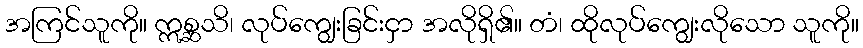
အကြင်သူကို။ ဣစ္ဆသိ၊ လုပ်ကျွေးခြင်းငှာ အလိုရှိ၏။ တံ၊ ထိုလုပ်ကျွေးလိုသော သူကို။